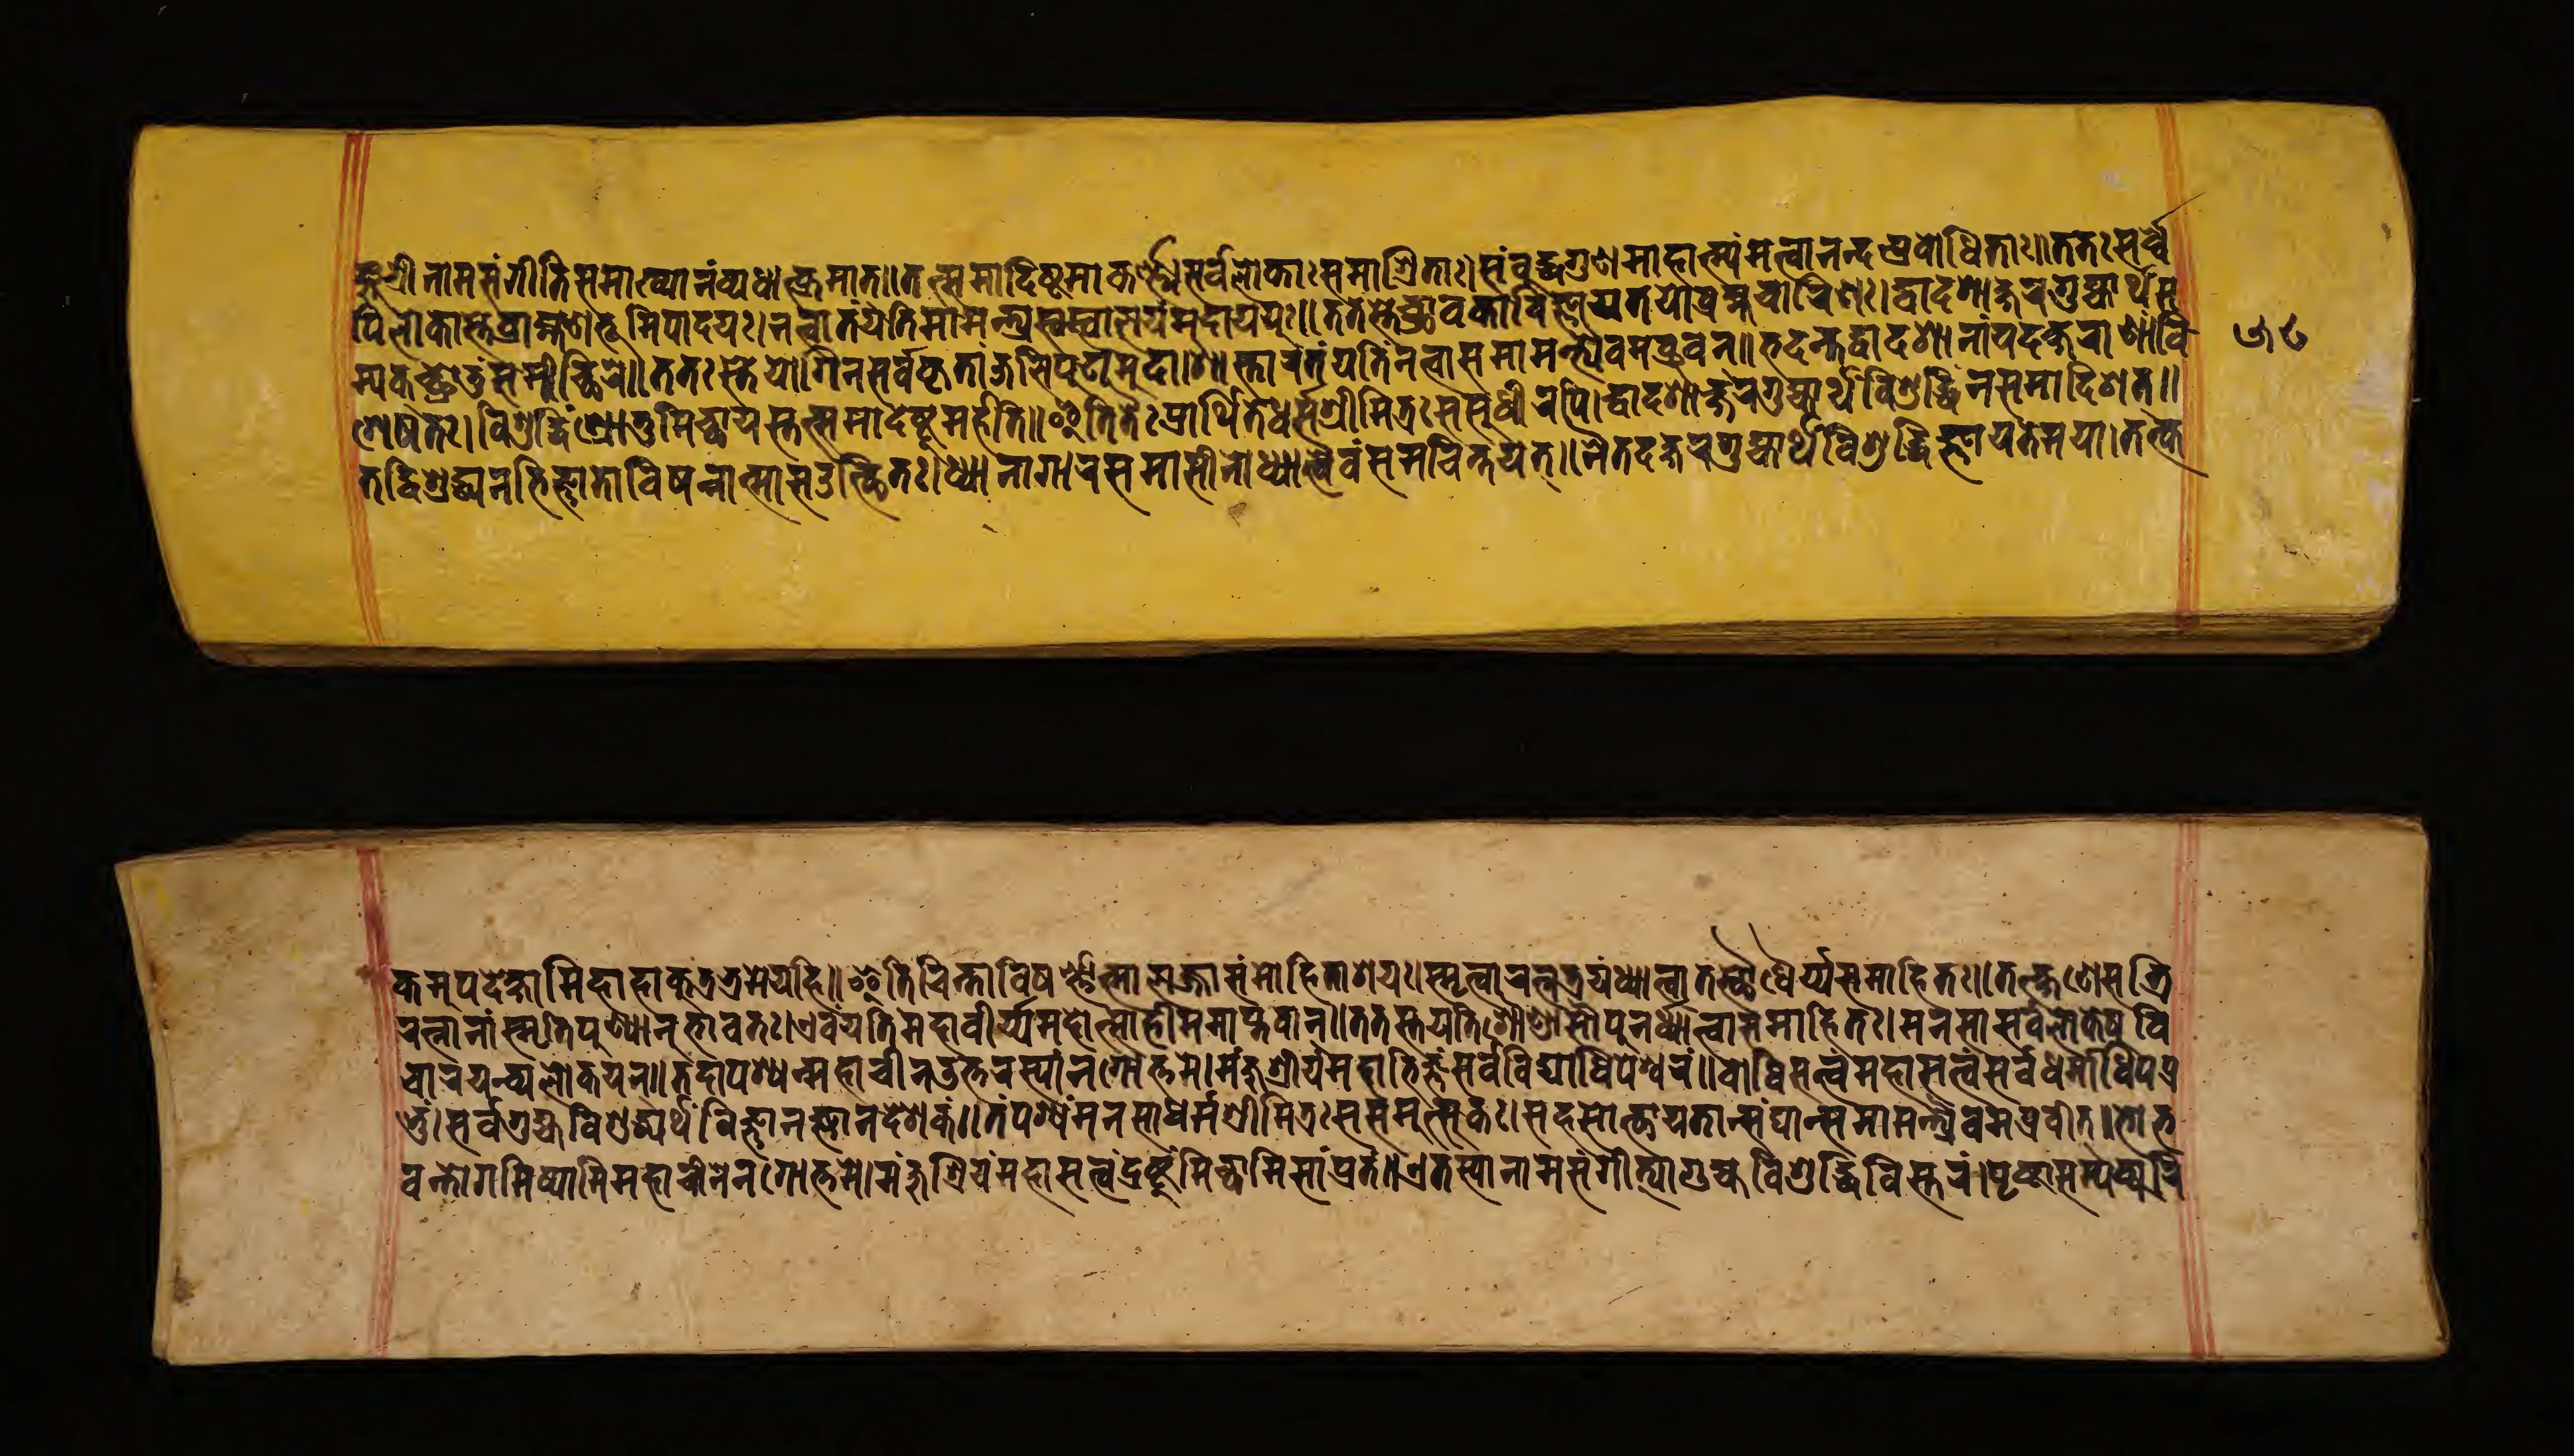
𑐖𑐸𑐱𑑂𑐬𑐷𑐣𑐵𑐩𑐳𑑄𑐐𑐷𑐟𑐶𑑄𑐳𑐩𑐵𑐏𑑂𑐫𑐵𑐟𑑄𑐫𑐠𑐵𑐟𑑂𑐎𑑂𑐬𑐩𑐵𑐟𑑂॥𑐟𑐟𑑂𑐳𑐩𑐵𑐡𑐶𑐲𑑂𑐚𑐩𑐵𑐎𑐬𑑂𑐞𑑂𑐫𑑄𑐳𑐬𑑂𑐰𑐾𑐮𑑀𑐎𑐵𑑅𑐳𑐨𑐵𑐱𑑂𑐬𑐶𑐟𑐵𑑅।𑐳𑑄𑐧𑐸𑐡𑑂𑐢𑐐𑐸𑐞𑐩𑐴𑐵𑐟𑑂𑐩𑑂𑐫𑑄𑐩𑐟𑑂𑐰𑐵𑐣𑐣𑑂𑐡𑐥𑑂𑐬𑐰𑑀𑐢𑐶𑐟𑐵𑑅॥𑐟𑐟𑑅𑐳𑐬𑑂𑐰𑐾 𑐱𑐾𑐲𑐟𑑅।𑐰𑐶𑐱𑐸𑐡𑑂𑐢𑐶𑑄𑐱𑑂𑐬𑑀𑐟𑐸𑐩𑐶𑐔𑑂𑐕𑐵𑐩𑐳𑑂𑐟𑐟𑑂𑐳𑐩𑐵𑐡𑐾𑐲𑑂𑐚𑐸𑐩𑐬𑑂𑐴𑐟𑐶॥𑐂𑐟𑐶𑐟𑐿𑐬𑑂𑐥𑑂𑐬𑐵𑐬𑑂𑐠𑐶𑐟𑑄𑐢𑐬𑑂𑐩𑑂𑐩𑐱𑑂𑐬𑐷𑐩𑐶𑐟𑑂𑐬𑑅𑐳𑐳𑐸𑐢𑐷𑐬𑐥𑐶।𑐡𑑂𑐰𑐵𑐡𑐱𑐵𑐎𑑂𑐲𑐬𑐐𑐸𑐴𑑂𑐫𑐵𑐬𑑂𑐠𑑄𑐰𑐶𑐱𑐸𑐡𑑂𑐢𑐶𑑄𑐣𑐳𑐩𑐵𑐡𑐶𑐱𑐟𑑂॥ 𑐟𑑄𑐰𑐶𑐱𑐸𑐡𑑂𑐢𑐵𑐣𑐨𑐶𑐖𑑂𑐘𑐵𑐟𑐵𑐰𑐶𑐲𑐞𑑂𑐞𑐵𑐟𑑂𑐩𑐵𑐳𑑁𑐟𑑂𑐠𑐶𑐟𑑅।𑐢𑑂𑐫𑐵𑐣𑐵𑐐𑐵𑐬𑑄𑐳𑐩𑐵𑐳𑐷𑐣𑑀𑐢𑑂𑐫𑐵𑐟𑑂𑐰𑐿𑐰𑑄𑐳𑐩𑐔𑐶𑐣𑑂𑐟𑐫𑐟𑑂॥𑐣𑐿𑐟𑐡𑐎𑑂𑐲𑐬𑑄𑐐𑐸𑐴𑑂𑐫𑐵𑐬𑑂𑐠𑑄𑐰𑐶𑐱𑐸𑐡𑑂𑐢𑐶𑐬𑑂𑐖𑑂𑐘𑐵𑐫𑐟𑐾𑐩𑐫𑐵।𑐟𑐟𑑂𑐎 𑐥𑐶𑐮𑑀𑐎𑐵𑐳𑑂𑐟𑐾𑐧𑑂𑐬𑐵𑐴𑑂𑐩𑐞𑐨𑐹𑐩𑐶𑐥𑐵𑐡𑐫𑑅।𑐣𑐟𑑂𑐰𑐵𑐟𑑄𑐫𑐟𑐶𑐩𑐵𑐩𑐣𑑂𑐟𑑂𑐬𑑂𑐫𑐳𑑂𑐰𑐳𑑂𑐰𑐵𑐮𑐫𑑄𑐩𑐸𑐡𑐵𑐫𑐫𑐸𑑅॥𑐟𑐟𑐳𑑂𑐟𑐾𑐱𑑂𑐬𑐵𑐰𑐎𑐵𑐰𑐶𑐖𑑂𑐘𑐵𑐫𑐟𑐫𑑀𑐧𑑂𑐬𑐴𑑂𑐩𑐔𑐵𑐬𑐶𑐞𑑅।𑐡𑑂𑐰𑐵𑐡𑐱𑐵𑐎𑑂𑐲𑐬𑐐𑐸𑐴𑑂𑐫𑐵𑐬𑑂𑐠𑑄𑐳 𑐩𑑂𑐫𑐎𑑂𑐱𑑂𑐬𑑀𑐟𑐸𑑄𑐩𑐩𑐷𑐔𑑂𑐕𑐶𑐬𑐾॥𑐟𑐟𑐳𑑂𑐟𑐾𑐫𑑀𑐐𑐶𑐣𑑅𑐳𑐬𑑂𑐰𑐾𑐎𑐺𑐟𑐵𑐘𑑂𑐖𑐮𑐶𑐥𑐸𑐚𑐵𑐩𑐸𑐡𑐵।𑐱𑐵𑐳𑑂𑐟𑐵𑐬𑑄𑐟𑑄𑐫𑐟𑐶𑑄𑐣𑐟𑑂𑐰𑐵𑐳𑐩𑐵𑐩𑐟𑑂𑐬𑑂𑐫𑐿𑐰𑐩𑐰𑑂𑐬𑐸𑐰𑐣𑑂॥𑐨𑐡𑐣𑑂𑐟𑐡𑑂𑐰𑐵𑐡𑐱𑐵𑐣𑐵𑑄𑐫𑐡𑐎𑑂𑐲𑐬𑐵𑐞𑐵𑑄𑐰𑐶 𑐎𑐩𑐸𑐥𑐡𑐾𑐎𑑂𑐲𑑂𑐫𑐵𑐩𑐶𑐴𑐵𑐴𑐵𑐎𑐸𑐟𑑂𑐬𑐨𑑂𑐬𑐩𑐾𑐫𑐴𑐶॥𑐂𑐟𑐶𑐔𑐶𑐣𑑂𑐟𑐵𑐰𑐶𑐲𑐬𑑂𑐞𑑂𑐞𑑀𑐟𑑂𑐩𑐵𑐮𑐖𑑂𑐖𑐵𑐳𑑄𑐩𑑀𑐴𑐶𑐟𑐵𑐱𑐫𑑅।𑐳𑑂𑐩𑐺𑐟𑑂𑐰𑐵𑐬𑐟𑑂𑐣𑐟𑑂𑐬𑐫𑑄𑐢𑑂𑐫𑐵𑐟𑑂𑐰𑐵𑐟𑐳𑑂𑐠𑑁𑐢𑐿𑐬𑑂𑐫𑐳𑐩𑐵𑐴𑐶𑐟𑑅॥𑐟𑐟𑑂𑐎𑑂𑐲𑐞𑐾𑐳𑐟𑑂𑐬𑐶 𑐬𑐟𑑂𑐣𑐵𑐣𑐵𑑄𑐳𑑂𑐩𑐺𑐟𑐶𑐥𑐸𑐞𑑂𑐫𑐵𑐣𑐸𑐨𑐵𑐰𑐟𑑅।𑐊𑐰𑑄𑐩𑐟𑐶𑑄𑐩𑐴𑐵𑐰𑐷𑐬𑑂𑐫𑐩𑐴𑑀𑐟𑑂𑐳𑐵𑐴𑐶𑐣𑐶𑐩𑐵𑐥𑑂𑐟𑐰𑐵𑐣𑑂॥𑐟𑐟𑐳𑑂𑐟𑐟𑑂𑐩𑐟𑐶𑐱𑑁𑐞𑑂𑐜𑑁𑐳𑑁𑑅𑐥𑐸𑐣𑐢𑑂𑐫𑐵𑐟𑑂𑐰𑐵𑐳𑐩𑐵𑐴𑐶𑐟𑑅।𑐩𑐣𑐳𑐵𑐳𑐬𑑂𑐰𑐮𑑀𑐎𑐾𑐲𑐸𑐰𑐶 𑐔𑐵𑐬𑐫𑐣𑑂𑐰𑑂𑐫𑐮𑑀𑐎𑐫𑐣𑑂॥𑐟𑐡𑐵𑐥𑐱𑑂𑐫𑐣𑑂𑐩𑐴𑐵𑐔𑐷𑐣𑐾𑐄𑐟𑑂𑐟𑐬𑐳𑑂𑐫𑐵𑑄𑐣𑐐𑑀𑐟𑑂𑐟𑐩𑐾।𑐩𑐘𑑂𑐖𑐸𑐱𑑂𑐬𑐷𑐫𑑄𑐩𑐴𑐵𑐨𑐶𑐖𑑂𑐘𑑄𑐳𑐬𑑂𑐰𑐰𑐶𑐡𑑂𑐫𑐵𑐢𑐶𑐥𑐾𑐱𑑂𑐰𑐬𑑄॥𑐧𑑀𑐢𑐶𑐳𑐟𑑂𑐟𑑂𑐰𑑄𑐩𑐴𑐵𑐳𑐟𑑂𑐟𑑂𑐰𑑄𑐳𑐬𑑂𑐰𑐢𑐬𑑂𑐩𑑂𑐩𑐵𑐢𑐶𑐥𑐥𑑂𑐬𑐧𑑂 𑐴𑐸𑑄।𑐳𑐬𑑂𑐰𑐐𑐸𑐴𑑂𑐫𑐰𑐶𑐱𑐸𑐡𑑂𑐢𑐵𑐬𑑂𑐠𑐰𑐶𑐖𑑂𑐘𑐵𑐣𑐖𑑂𑐘𑐵𑐣𑐡𑐵𑐫𑐎𑑄॥𑐟𑑄𑐥𑐱𑑂𑐫𑐣𑑂𑐩𑐣𑐳𑐵𑐢𑐬𑑂𑐩𑑂𑐩𑐱𑑂𑐬𑐷𑐩𑐶𑐟𑑂𑐬𑑅𑐳𑐩𑐸𑐟𑑂𑐳𑐸𑐎𑑅।𑐳𑐴𑐳𑑀𑐟𑑂𑐠𑐵𑐫𑐟𑐵𑐣𑑂𑐳𑑄𑐑𑐵𑐣𑑂𑐳𑐨𑐵𑐩𑐣𑑂𑐟𑑂𑐬𑑂𑐫𑐿𑐰𑐩𑐰𑑂𑐬𑐰𑐷𑐟𑑂॥𑐨𑑀𑐨 𑐡𑐣𑑂𑐟𑑀𑐐𑐩𑐶𑐲𑑂𑐫𑐵𑐩𑐶𑐩𑐴𑐵𑐔𑐷𑐣𑐾𑐣𑐐𑑀𑐟𑑂𑐟𑐩𑐾।𑐩𑐘𑑂𑐖𑐸𑐱𑑂𑐬𑐷𑐫𑑄𑐩𑐴𑐵𑐳𑐟𑑂𑐟𑑂𑐰𑑄𑐡𑑂𑐬𑐲𑑂𑐚𑐸𑐩𑐶𑐔𑑂𑐕𑐵𑐩𑐶𑐳𑐵𑑄𑐥𑑂𑐬𑐟𑑄॥𑐊𑐟𑐳𑑂𑐫𑐵𑐣𑐵𑐩𑐳𑑄𑐐𑐷𑐟𑑂𑐫𑐵𑐐𑐸𑐴𑑂𑐫𑐰𑐶𑐱𑐸𑐡𑑂𑐢𑐶𑐰𑐶𑐳𑑂𑐟𑐬𑑄।𑐥𑐺𑐲𑑂𑐚𑐵𑐳𑐩𑑂𑐫𑐎𑑂𑐲𑐬𑑂𑐰𑐶 𑑕𑑘